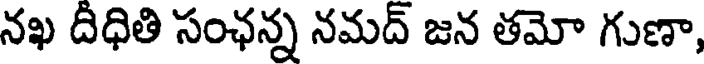
నఖ దీధితి సంఛన్న నమద్ జన తమో గుణా,